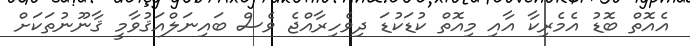
އެއޮތް ބޮޑު އެމެރިކާ އާއި މިއޮތް ކުޑަކުޑަ ދިވެހިރާއްޖެ ވެސް ބައިނަލްއަޤުވާމީ ޤާނޫނުތަކަށް